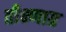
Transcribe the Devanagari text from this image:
तीक्ष्णाग्र